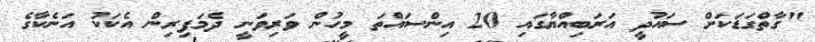
"ގާތްގަޑަކަށް ސައުދީ އަރަބިއްޔާގައި 20 އިންސައްތަ މީހުން ވަރިވަނީ ދެމަފިރިން އެކަކު އަނެކާގެ